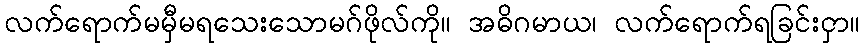
လက်ရောက်မမှီမရသေးသောမဂ်ဖိုလ်ကို။ အဓိဂမာယ၊ လက်ရောက်ရခြင်းငှာ။